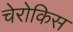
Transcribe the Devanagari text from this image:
चेरोकिस